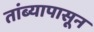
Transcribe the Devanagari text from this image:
तांब्यापासून